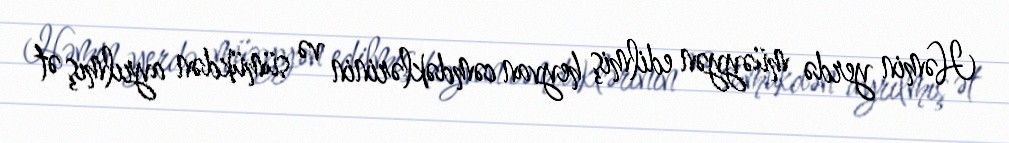
Həmin yerdə müəyyən edilmiş heyvan cəmdəklərinin və sümükdən ayrılmış ət